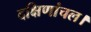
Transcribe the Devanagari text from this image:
दक्षिणांचल।